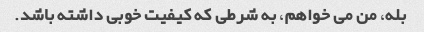
بله، من می خواهم، به شرطی که کیفیت خوبی داشته باشد.